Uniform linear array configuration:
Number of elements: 64
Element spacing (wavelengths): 0.5
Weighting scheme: kaiser
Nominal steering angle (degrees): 0
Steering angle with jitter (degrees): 1.822
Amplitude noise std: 0.05
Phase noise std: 0.05

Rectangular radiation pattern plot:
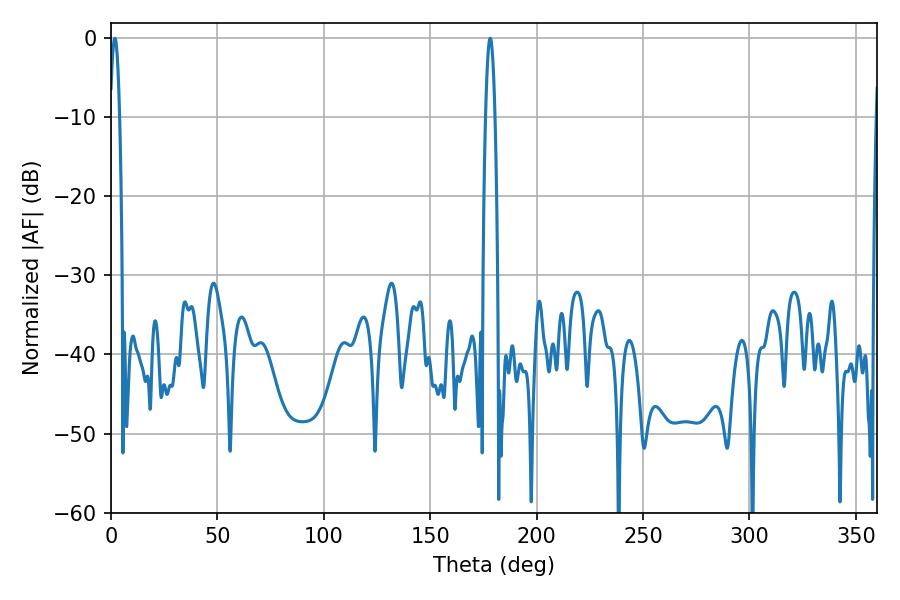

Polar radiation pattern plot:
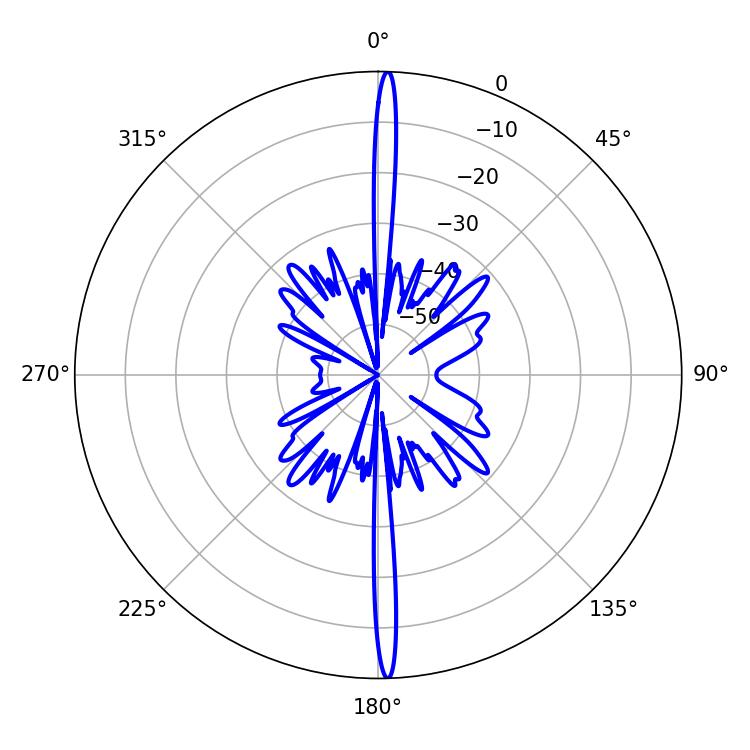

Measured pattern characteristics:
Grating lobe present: FALSE
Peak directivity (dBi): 28.222
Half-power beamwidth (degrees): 2.34
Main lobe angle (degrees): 1.8